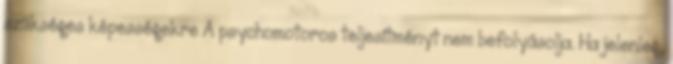
szükséges képessé­gekre A psychomotoros teljesítményt nem befolyásolja. Ha jelenleg,